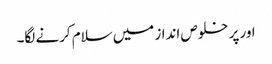
اور پر خلوص انداز میں سلام کرنے لگا۔